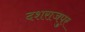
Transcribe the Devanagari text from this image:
दशराजपुर